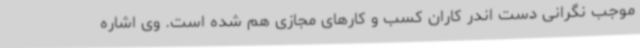
موجب نگرانی دست اندر کاران کسب و کارهای مجازی هم شده است. وی اشاره